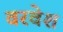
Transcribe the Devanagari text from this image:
वरवेश